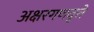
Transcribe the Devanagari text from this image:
अक्षरगणवृत्ते